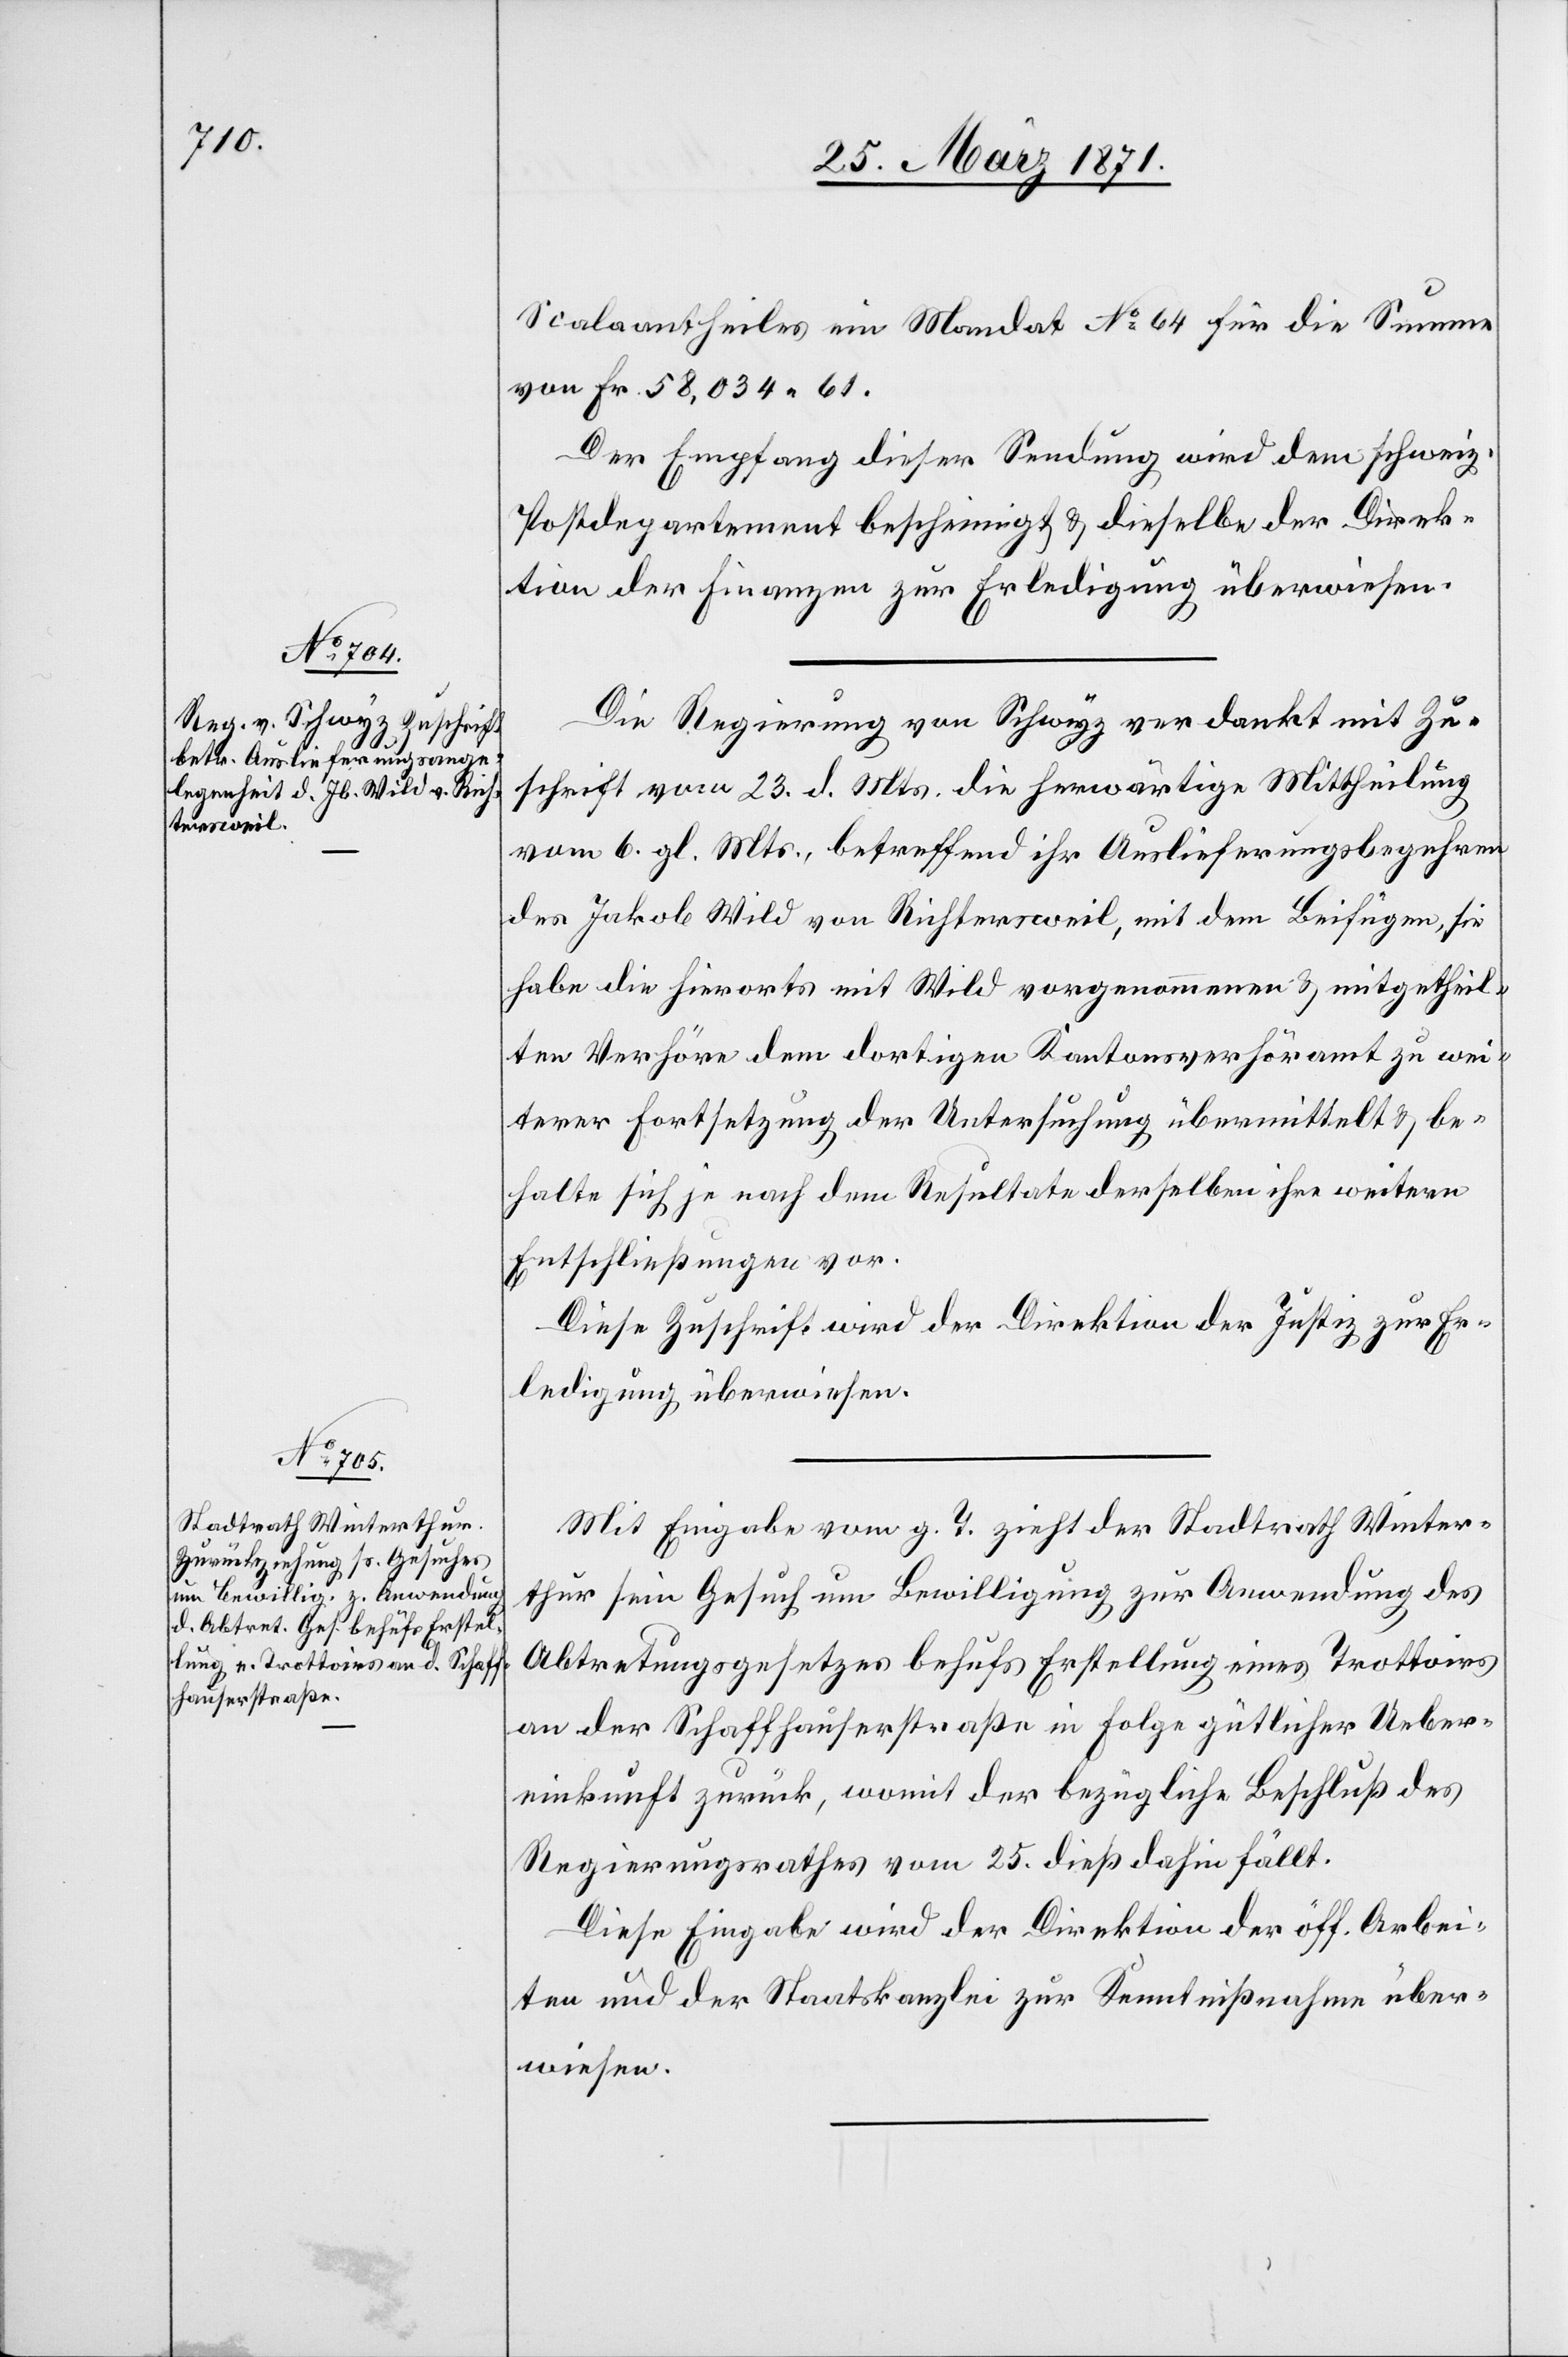
29. März 1871.]
Scalaantheiles ein Mandat No. 64 für die Summe
von Fr. 58,034.61.
Der Empfang dieser Sendung wird dem schweiz.
Postdepartement bescheinigt u. dieselbe der Direk¬
tion der Finanzen zur Erledigung überwiesen.
Die Regierung von Schwyz verdankt mit Zu¬
schrift vom 23. d. Mts. die herwärtige Mittheilung
vom 6. gl. Mts., betreffend ihr Auslieferungsbegehren
des Jakob Wild von Richtersweil, mit dem Beifügen, sie
habe die hierorts mit Wild vorgenommenen u. mitgetheil¬
ten Verhöre dem dortigen Kantonsverhöramt zu wei¬
terer Fortsetzung der Untersuchung übermittelt u. be¬
halte sich je nach dem Resultate derselben ihre weitere
Entschließungen vor.
Diese Zuschrift wird der Direktion der Justiz zur Er¬
ledigung überwiesen.
Mit Eingabe vom g. T. zieht der Stadtrath Winter¬
thur sein Gesuch um Bewilligung zur Anwendung des
Abtretungsgesetzes behufs Erstellung eines Trottoirs
an der Schaffhauserstraße in Folge gütlicher Ueber¬
einkunft zurück, womit der bezügliche Beschluß des
Regierungsrathes vom 25. dieß dahin fällt.
Diese Eingabe wird der Direktion der öff. Arbei¬
ten und der Staatskanzlei zur Kenntnißnahme über¬
wiesen.